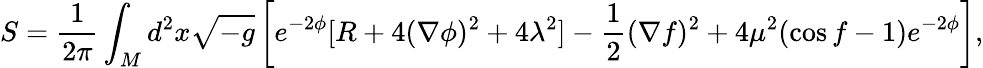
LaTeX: S=\frac{1}{2\pi}\int_{M}d^{2}x\sqrt{-g}\left[e^{-2\phi}[R+4(\nabla\phi)^{2}+4\lambda^{2}]-\frac{1}{2}(\nabla f)^{2}+4\mu^{2}(\cos f-1)e^{-2\phi}\right],